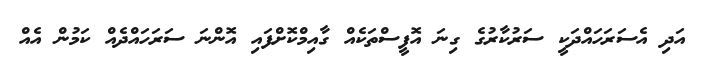
އަދި އެސަރަހައްދަކީ ސަރުކާރުގެ ގިނަ އޮފީސްތަކެއް ގާއިމްކޮށްފައި އޮންނަ ސަރަހައްދެއް ކަމުން އެއް